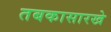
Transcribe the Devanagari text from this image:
तबकासारखे